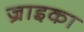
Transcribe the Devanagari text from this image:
ज्राइका